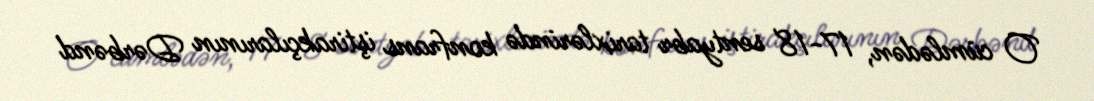
O cümlədən, 17-18 sentyabr tarixlərində konfrans iştirakçılarının Dərbənd